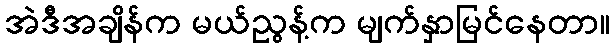
အဲဒီအချိန်က မယ်ညွန့်က မျက်နှာမြင်နေတာ။